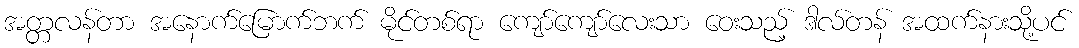
အတ္တလန်တာ အနောက်မြောက်ဘက် မိုင်တစ်ရာ ကျော်ကျော်လေးသာ ဝေးသည့် ဒါလ်တန် အထက်နားသို့ပင်